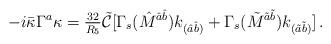
LaTeX: \begin{align*}-i\bar{\kappa}\Gamma^{a}\kappa = {\textstyle\frac{32}{R_{5}}} \tilde{\mathcal{C}}[\Gamma_{s}(\hat{M}^{\hat{a}\hat{b}})k_{(\hat{a}\hat{b})}+\Gamma_{s}(\tilde{M}^{\tilde{a}\tilde{b}})k_{(\tilde{a}\tilde{b})}]\, .\end{align*}